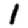
Digit: 1